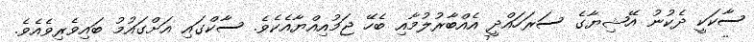
ސާކަކީ ދެކުނު އޭޝިޔާގެ ސަރަހައްދީ އެއްބާރުލުމާއި ބެހޭ ޖަމުއިއްޔާއެކެވެ. ސާކްގައި އަށްގައުމު ބައިވެރިވެއެވެ.